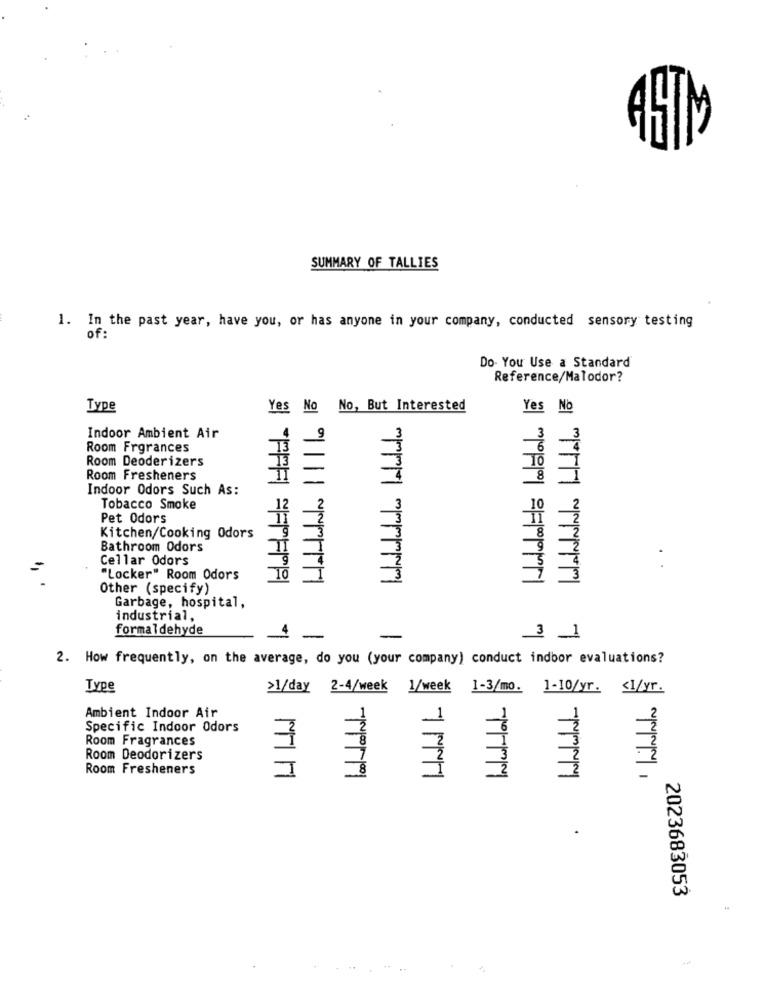
SUMMARY OF TALLIES
1. In the past year, have you, or has anyone in your company, conducted sensory testing
of :
Do- You Use a Standard
Reference/Malodor?
Type
Yes No No, But Interested
Yes No
3
Indoor Ambient Air
Room Frgrances
Room Deoderizers
TO
Room Fresheners
=
8
Indoor Odors Such As:
Tobacco Smoke
12
2
10
Pet Odors
Kitchen/Cooking Odors
Bathroom Odors
Cellar Odors
"Locker" Room Odors
Other (specify)
Garbage, hospital,
industrial,
£
formaldehyde
1 -
-
3 1
2. How frequently, on the average, do you (your company) conduct indbor evaluations?
Type
>1/day 2-4/week 1/week 1-3/mo. 1-10/yr. < 1/yr.
Inlwlan
Introlculo
1 ININININ
Ambient Indoor Air
Specific Indoor Odors
Room Fragrances
8
Room Deodorizers
Room Fresheners
I
2023683053